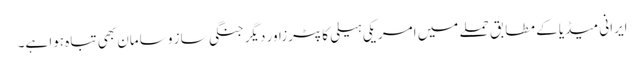
ایرانی میڈیا کے مطابق حملے میں امریکی ہیلی کاپٹرزاور دیگر جنگی ساز و سامان بھی تباہ ہوا ہے۔